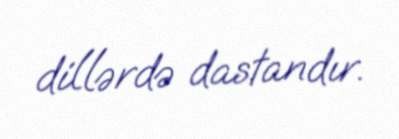
dillərdə dastandır.